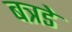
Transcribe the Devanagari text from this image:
बत्रडे